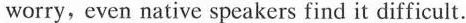
worry，even native speakers find it difficult.